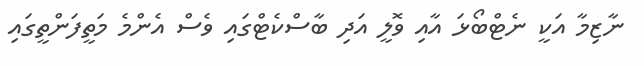
ނާޒިމާ އަކީ ނެޓްބޯޅަ އާއި ވޮލީ އަދި ބާސްކެޓްގައި ވެސް އެންމެ މަތީފަންތީގައި